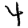
Digit: 4